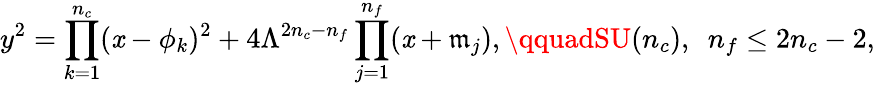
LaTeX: y^{2}=\prod_{k=1}^{n_{c}}(\mathit{x}-\phi_{k})^{2}+4\Lambda^{2n_{c}-n_{f}}\prod_{j=1}^{n_{f}}(\mathit{x}+\mathfrak{m}_{j}),\qquadSU(n_{c}),\, \, \, n_{f}\le2n_{c}-2,